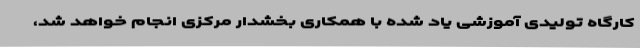
کارگاه تولیدی آموزشی یاد شده با همکاری بخشدار مرکزی انجام خواهد شد،